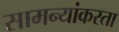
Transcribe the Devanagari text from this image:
सामन्यांकरता